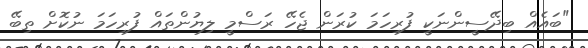
"ބައެއް ބިދޭސީންނަކީ ފުރިހަމަ ކުރަން ޖެހޭ ރަސްމީ ލިޔުންތައް ފުރިހަމަ ނުކޮށް ތިބޭ